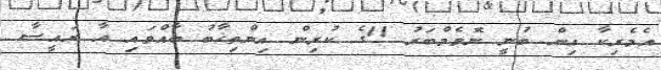
އެމެރިކާ އިން ބުނީ ނޮވެމްބަރު 11ގެ ކުރިން އިންތިޚާބު ބާއްވައި އާ ރައީސާ